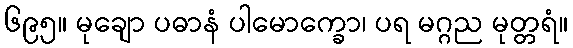
၆၉၅။ မုချော ပဓာနံ ပါမောက္ခော၊ ပရ မဂ္ဂည မုတ္တရံ။